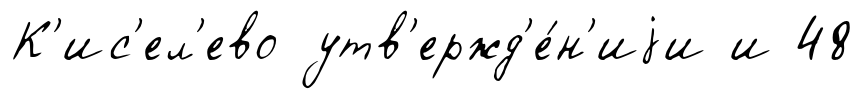
К'ис'ел'ево утв'ержд'е́н'иjи и 48